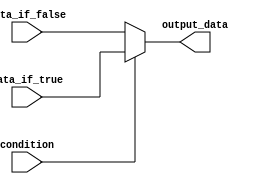
module conditional_operator (
    input wire condition,
    input wire data_if_true,
    input wire data_if_false,
    output reg output_data
);

always @* begin
    output_data = (condition) ? data_if_true : data_if_false;
end

endmodule